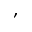
,